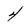
Character: 4